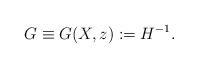
LaTeX: \begin{align*} G \equiv G (X,z):= H^{-1}. \end{align*}